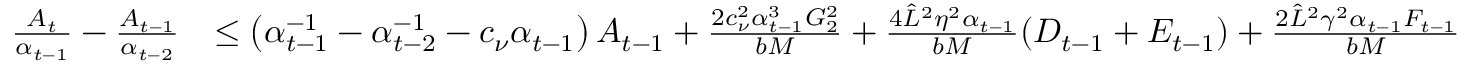
\begin{array} { r l } { \frac { A _ { t } } { \alpha _ { t - 1 } } - \frac { A _ { t - 1 } } { \alpha _ { t - 2 } } } & { \leq \left( \alpha _ { t - 1 } ^ { - 1 } - \alpha _ { t - 2 } ^ { - 1 } - c _ { \nu } \alpha _ { t - 1 } \right) A _ { t - 1 } + \frac { 2 c _ { \nu } ^ { 2 } \alpha _ { t - 1 } ^ { 3 } G _ { 2 } ^ { 2 } } { b M } + \frac { 4 \hat { L } ^ { 2 } \eta ^ { 2 } \alpha _ { t - 1 } } { b M } ( D _ { t - 1 } + E _ { t - 1 } ) + \frac { 2 \hat { L } ^ { 2 } \gamma ^ { 2 } \alpha _ { t - 1 } F _ { t - 1 } } { b M } } \end{array}